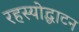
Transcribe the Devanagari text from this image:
रहस्‍योद्घाटन